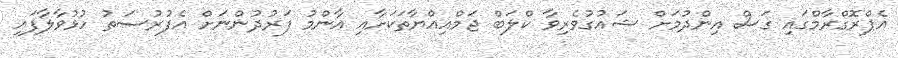
އެޕްރޮގްރާމްގައި ގަސް އިންދުމަށް ޝައުގުވެރިވާ ކްލަބް ޖަމްއިއްޔާތަކަށާއި އާންމު ފަރުދުންނަށް އެފުރުސަތު ހުޅުވާލާފައި